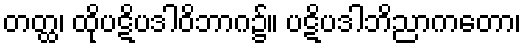
တတ္ထ၊ ထိုပဋိပဒါဝိဘာဂ၌။ ပဋိပဒါဘိညာကတော၊